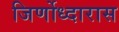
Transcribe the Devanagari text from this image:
जिर्णोध्दारास